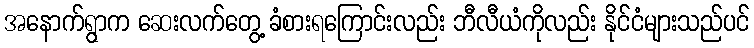
အနောက်ရွာက ဆေးလက်တွေ့ ခံစားရကြောင်းလည်း ဘီလီယံကိုလည်း နိုင်ငံများသည်ပင်